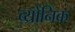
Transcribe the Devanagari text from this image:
ब्य्रोनिक